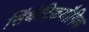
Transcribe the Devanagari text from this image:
सिंथेटिकयौगिक